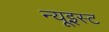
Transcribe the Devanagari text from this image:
न्यूइस्ट